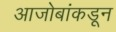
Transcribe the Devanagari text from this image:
आजोबांकडून